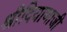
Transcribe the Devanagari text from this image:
श्रीदियाणाजी